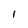
Character: 1